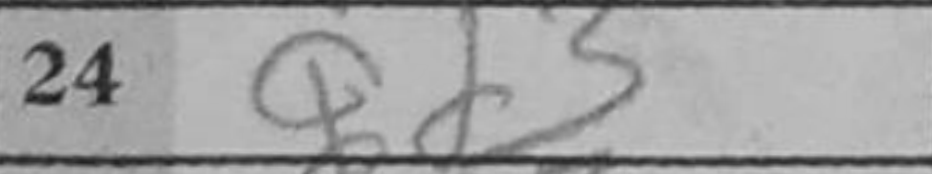
Transcription: Qd3